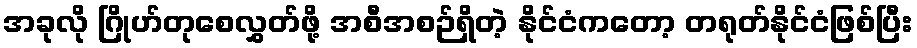
အခုလို ဂြိုဟ်တုစေလွှတ်ဖို့ အစီအစဉ်ရှိတဲ့ နိုင်ငံကတော့ တရုတ်နိုင်ငံဖြစ်ပြီး